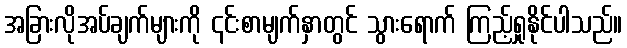
အခြားလိုအပ်ချက်များကို ၎င်းစာမျက်နှာတွင် သွားရောက် ကြည့်ရှုနိုင်ပါသည်။